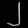
Digit: ၂